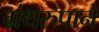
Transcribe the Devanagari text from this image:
ग्रंथरुपाने